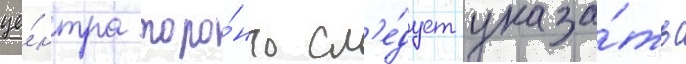
це́нтра торо́нто сл'е́дует указа́ть